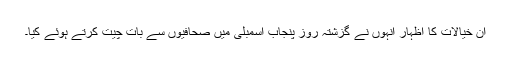
ان خیالات کا اظہار انہوں نے گزشتہ روز پنجاب اسمبلی میں صحافیوں سے بات چیت کرتے ہوئے کیا۔